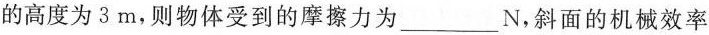
的高度为3m，则物体受到的摩擦力为___N，斜面的机械效率